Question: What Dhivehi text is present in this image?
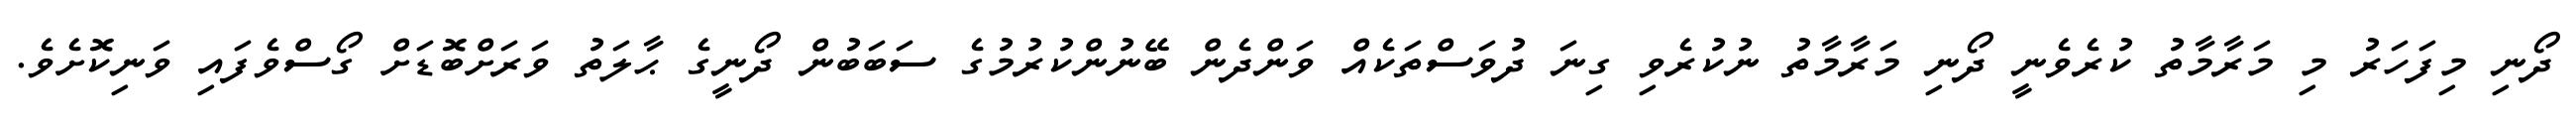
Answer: ދޯނި މިފަހަރު މި މަރާމާތު ކުރެވެނީ ދޯނި މަރާމާތު ނުކުރެވި ގިނަ ދުވަސްތަކެއް ވަންދެން ބޭނުންކުރުމުގެ ސަބަބުން ދޯނީގެ ޙާލަތު ވަރަށްބޮޑަށް ގޯސްވެފައި ވަނިކޮށެވެ.